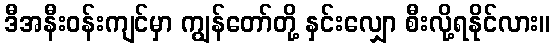
ဒီအနီးဝန်းကျင်မှာ ကျွန်တော်တို့ နှင်းလျှော စီးလို့ရနိုင်လား။